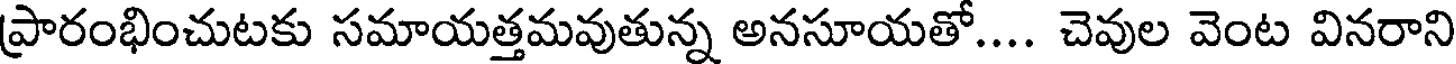
ప్రారంభించుటకు సమాయత్తమవుతున్న అనసూయతో.... చెవుల వెంట వినరాని